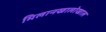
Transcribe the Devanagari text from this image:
मिलानखालोखाल